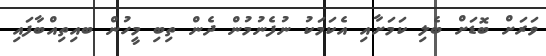
ވަރަށް ބޮޑަށް ބެލި ކަމަށާއި އެކަމަކު ނުފެނުމުން ދެން ތިބި މީހުން ބއިތިއްބާފައި